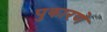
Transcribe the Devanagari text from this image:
पुकारणे